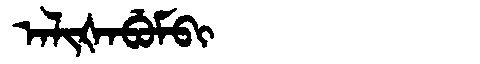
Manchu: ᠠᠯᡳᡧᠠᠪᡠᠮᠪᡳ
Romanization: ALIŠABUMBI